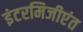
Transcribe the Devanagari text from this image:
इंटरमिजीएंत